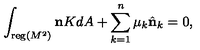
\int _ { { \mathrm { \small { r e g } } } ( M ^ { 2 } ) } { \bf n } K d A + \sum _ { k = 1 } ^ { n } \mu _ { k } \hat { \bf n } _ { k } = 0 ,